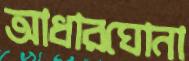
আধারঘোনা